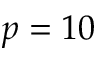
p = 1 0